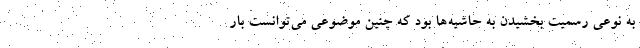
به نوعی رسمیت بخشیدن به حاشیه‌ها بود که چنین موضوعی می‌توانست بار